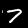
Digit: 7